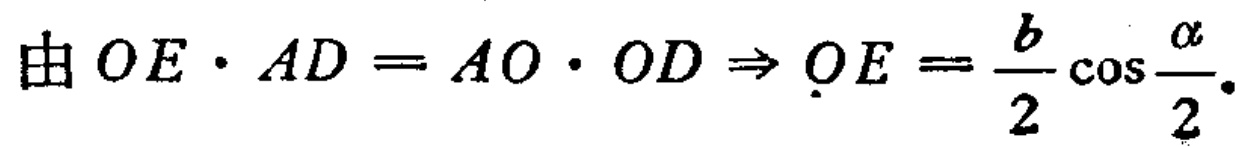
由 \(OE\cdot AD = AO\cdot OD\Rightarrow OE = \frac{b}{2}\cos\frac{\alpha}{2}\)